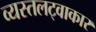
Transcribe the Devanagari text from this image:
व्यस्तलट्वाकार